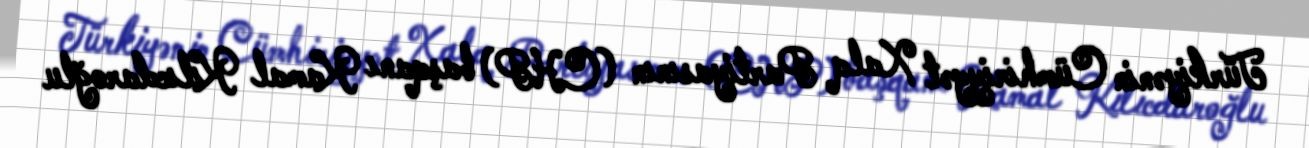
Türkiyənin Cümhiriyyət Xalq Partiyasının (CHP) başqanı Kamal Kılıcdaroğlu